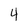
Character: 4